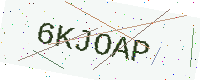
Text: 6KJOAP